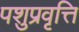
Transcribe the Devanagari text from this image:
पशुप्रवृत्ति